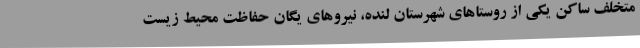
متخلف ساکن یکی از روستاهای شهرستان لنده، نیروهای یگان حفاظت محیط زیست